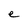
Character: e